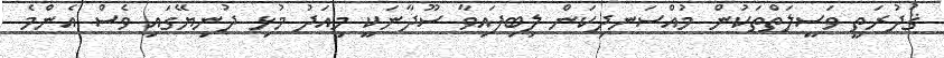
ޤުދުރަތީ ވަސީލަތްތަކުން މުއްސަނދިކަން ލިބިފައިވާ ސޫދާނަކީ މިއަދު މުޅި ދުނިޔޭގައި ވެސް އެންމެ